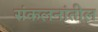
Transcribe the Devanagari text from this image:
संकलनांतील